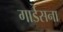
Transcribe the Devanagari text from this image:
गार्डसना